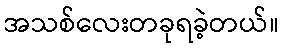
အသစ်လေးတခုရခဲ့တယ်။